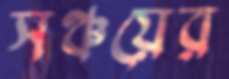
সঞ্চয়ের